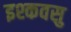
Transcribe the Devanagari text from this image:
इश्कवसु